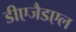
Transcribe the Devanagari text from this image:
डीएजैडएल